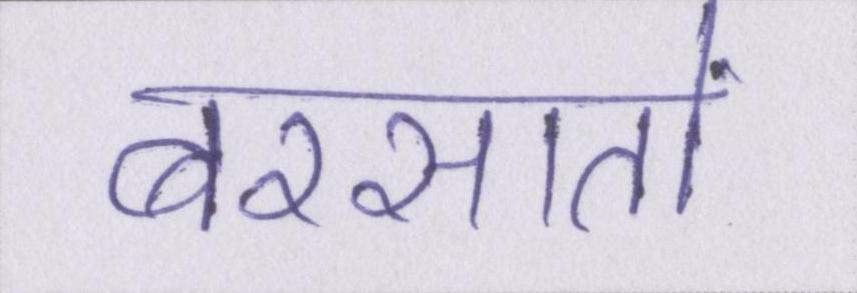
बरसातों